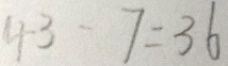
4 3 - 7 = 3 6